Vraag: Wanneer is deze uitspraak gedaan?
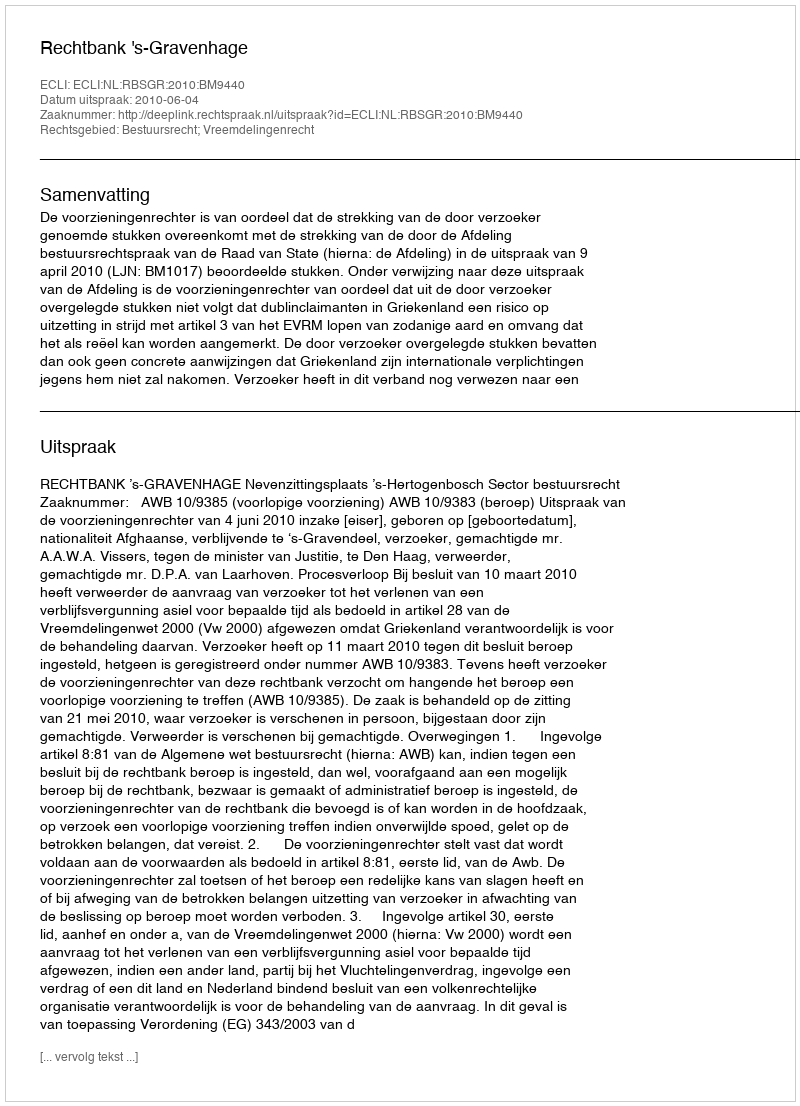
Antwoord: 2010-06-04